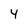
Character: 4